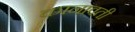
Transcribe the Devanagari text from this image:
कानावती